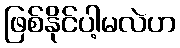
ဖြစ်နိုင်ပါ့မလဲဟ